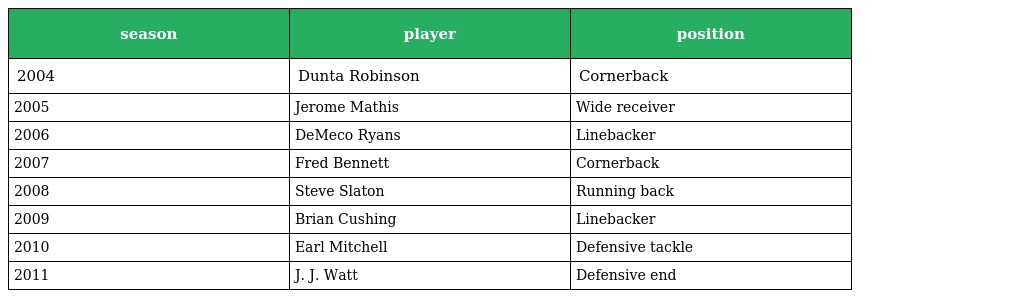
| season | player | position |
 | --- | --- | --- |
 | 2004 | Dunta Robinson | Cornerback |
 | 2005 | Jerome Mathis | Wide receiver |
 | 2006 | DeMeco Ryans | Linebacker |
 | 2007 | Fred Bennett | Cornerback |
 | 2008 | Steve Slaton | Running back |
 | 2009 | Brian Cushing | Linebacker |
 | 2010 | Earl Mitchell | Defensive tackle |
 | 2011 | J. J. Watt | Defensive end |